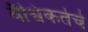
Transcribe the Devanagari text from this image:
वैश्विकतेचे